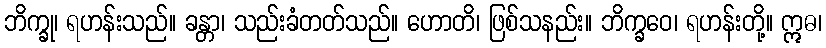
ဘိက္ခု၊ ရဟန်းသည်။ ခန္တာ၊ သည်းခံတတ်သည်။ ဟောတိ၊ ဖြစ်သနည်း။ ဘိက္ခဝေ၊ ရဟန်းတို့။ ဣဓ၊